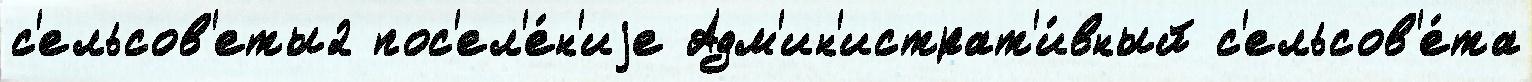
с'ельсов'еты2 пос'ел'е́н'иjе Адм'ин'истрат'и́вный с'ельсов'е́та